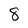
Character: 8